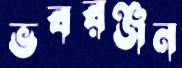
ভবরঞ্জন